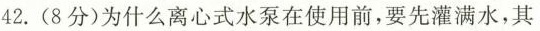
42. (8分)为什么离心式水泵在使用前，要先灌满水，其